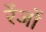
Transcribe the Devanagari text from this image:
रेंजों